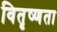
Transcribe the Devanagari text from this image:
वितृष्णता